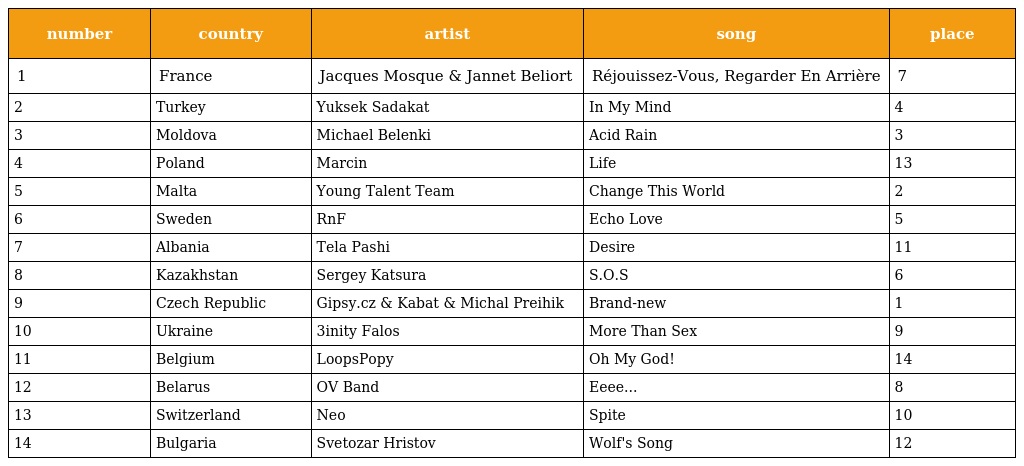
| number | country | artist | song | place |
 | --- | --- | --- | --- | --- |
 | 1 | France | Jacques Mosque & Jannet Beliort | Réjouissez-Vous, Regarder En Arrière | 7 |
 | 2 | Turkey | Yuksek Sadakat | In My Mind | 4 |
 | 3 | Moldova | Michael Belenki | Acid Rain | 3 |
 | 4 | Poland | Marcin | Life | 13 |
 | 5 | Malta | Young Talent Team | Change This World | 2 |
 | 6 | Sweden | RnF | Echo Love | 5 |
 | 7 | Albania | Tela Pashi | Desire | 11 |
 | 8 | Kazakhstan | Sergey Katsura | S.O.S | 6 |
 | 9 | Czech Republic | Gipsy.cz & Kabat & Michal Preihik | Brand-new | 1 |
 | 10 | Ukraine | 3inity Falos | More Than Sex | 9 |
 | 11 | Belgium | LoopsPopy | Oh My God! | 14 |
 | 12 | Belarus | OV Band | Eeee... | 8 |
 | 13 | Switzerland | Neo | Spite | 10 |
 | 14 | Bulgaria | Svetozar Hristov | Wolf's Song | 12 |